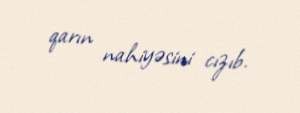
qarın nahiyəsini cızıb.